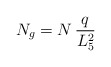
\begin{align*}N_{g} = N \, {q \over L_5^{2}} \end{align*}